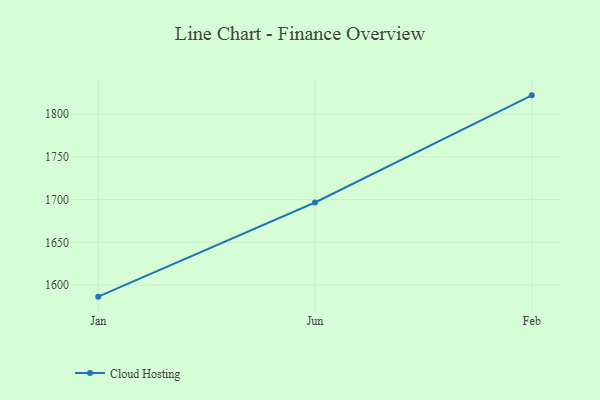
{"axis": {"x": "Month", "y": "Tickets Resolved"}, "legend": ["Cloud Hosting"], "data": [{"x": "Jan", "y": 1586.4, "type": "Cloud Hosting"}, {"x": "Jun", "y": 1696.6, "type": "Cloud Hosting"}, {"x": "Feb", "y": 1822.0, "type": "Cloud Hosting"}]}